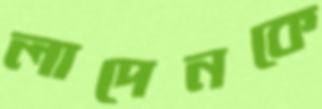
লাদেনকে